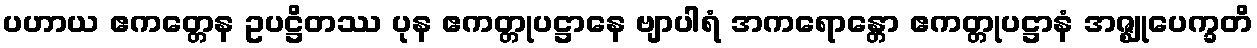
ပဟာယ ဧကတ္တေန ဥပဋ္ဌိတဿ ပုန ဧကတ္တုပဋ္ဌာနေ ဗျာပါရံ အကရောန္တော ဧကတ္တုပဋ္ဌာနံ အဇ္ဈုပေက္ခတိ